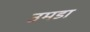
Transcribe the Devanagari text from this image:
उमडा